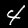
Digit: 4